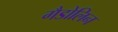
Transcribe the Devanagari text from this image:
गैडोलिन